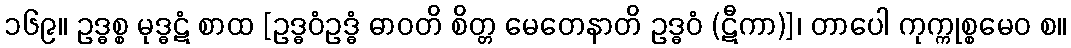
၁၆၉။ ဥဒ္ဓစ္စ မုဒ္ဓဋံ စာထ [ဥဒ္ဓဝံဥဒ္ဓံ ဓာဝတိ စိတ္တ မေတေနာတိ ဥဒ္ဓဝံ (ဋီကာ)]၊ တာပေါ ကုက္ကုစ္စမေဝ စ။